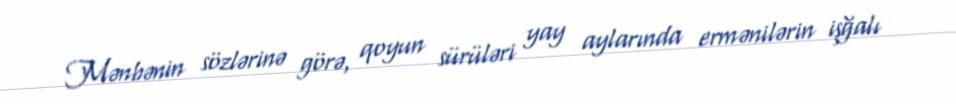
Mənbənin sözlərinə görə, qoyun sürüləri yay aylarında ermənilərin işğalı